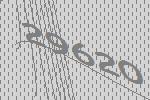
29620